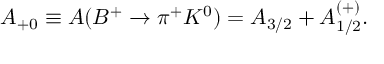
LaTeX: { A } _ { + 0 } \equiv A ( { B } ^ { + } \rightarrow { \pi } ^ { + } { K } ^ { 0 } ) = { A } _ { 3 / 2 } + { A } _ { 1 / 2 } ^ { ( + ) } .